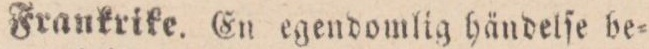
Frankrike. En egendomlig händelſe be=